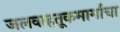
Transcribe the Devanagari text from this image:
जलवाहतूकमार्गाचा